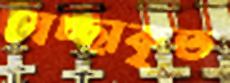
স্বেচ্ছাকৃত